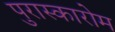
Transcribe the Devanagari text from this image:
पुरास्कारोम